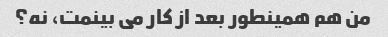
من هم همینطور بعد از کار می بینمت، نه؟